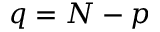
q = N - p